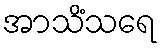
အာသိံသရေ